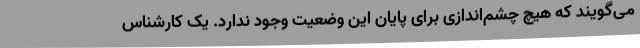
می‌گویند که هیچ چشم‌اندازی برای پایان این وضعیت وجود ندارد. یک کارشناس